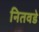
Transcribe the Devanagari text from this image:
नितवडे